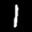
Label: 1